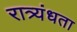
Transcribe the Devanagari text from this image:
रात्र्यंधता